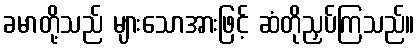
ခမာတို့သည် များသောအားဖြင့် ဆံတိုညှပ်ကြသည်။